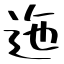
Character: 迤